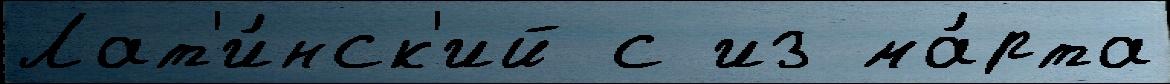
Лат'и́нск'ий с из ма́рта